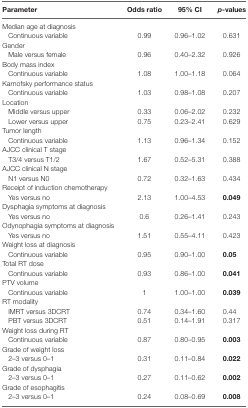
<table><thead><tr><td><b>Parameter</b></td><td><b>Odds ratio</b></td><td><b>95% CI</b></td><td><b><i>p</i>-values</b></td></tr></thead><tbody><tr><td>Median age at diagnosis</td><td></td><td></td><td></td></tr><tr><td> Continuous variable</td><td>0.99</td><td>0.96–1.02</td><td>0.631</td></tr><tr><td>Gender</td><td></td><td></td><td></td></tr><tr><td> Male versus female</td><td>0.96</td><td>0.40–2.32</td><td>0.926</td></tr><tr><td>Body mass index</td><td></td><td></td><td></td></tr><tr><td> Continuous variable</td><td>1.08</td><td>1.00–1.18</td><td>0.064</td></tr><tr><td>Karnofsky performance status</td><td></td><td></td><td></td></tr><tr><td> Continuous variable</td><td>1.03</td><td>0.98–1.08</td><td>0.207</td></tr><tr><td>Location</td><td></td><td></td><td></td></tr><tr><td> Middle versus upper</td><td>0.33</td><td>0.06–2.02</td><td>0.232</td></tr><tr><td> Lower versus upper</td><td>0.75</td><td>0.23–2.41</td><td>0.629</td></tr><tr><td>Tumor length</td><td></td><td></td><td></td></tr><tr><td> Continuous variable</td><td>1.13</td><td>0.96–1.34</td><td>0.152</td></tr><tr><td>AJCC clinical T stage</td><td></td><td></td><td></td></tr><tr><td> T3/4 versus T1/2</td><td>1.67</td><td>0.52–5.31</td><td>0.388</td></tr><tr><td>AJCC clinical N stage</td><td></td><td></td><td></td></tr><tr><td> N1 versus N0</td><td>0.72</td><td>0.32–1.63</td><td>0.434</td></tr><tr><td>Receipt of induction chemotherapy</td><td></td><td></td><td></td></tr><tr><td> Yes versus no</td><td>2.13</td><td>1.00–4.53</td><td><b>0.049</b></td></tr><tr><td>Dysphagia symptoms at diagnosis</td><td></td><td></td><td></td></tr><tr><td> Yes versus no</td><td>0.6</td><td>0.26–1.41</td><td>0.243</td></tr><tr><td>Odynophagia symptoms at diagnosis</td><td></td><td></td><td></td></tr><tr><td> Yes versus no</td><td>1.51</td><td>0.55–4.11</td><td>0.423</td></tr><tr><td>Weight loss at diagnosis</td><td></td><td></td><td></td></tr><tr><td> Continuous variable</td><td>0.95</td><td>0.90–1.00</td><td><b>0.05</b></td></tr><tr><td>Total RT dose</td><td></td><td></td><td></td></tr><tr><td> Continuous variable</td><td>0.93</td><td>0.86–1.00</td><td><b>0.041</b></td></tr><tr><td>PTV volume</td><td></td><td></td><td></td></tr><tr><td> Continuous variable</td><td>1</td><td>1.00–1.00</td><td><b>0.039</b></td></tr><tr><td>RT modality</td><td></td><td></td><td></td></tr><tr><td> IMRT versus 3DCRT</td><td>0.74</td><td>0.34–1.60</td><td>0.44</td></tr><tr><td> PBT versus 3DCRT</td><td>0.51</td><td>0.14–1.91</td><td>0.317</td></tr><tr><td>Weight loss during RT</td><td></td><td></td><td></td></tr><tr><td> Continuous variable</td><td>0.87</td><td>0.80–0.95</td><td><b>0.003</b></td></tr><tr><td>Grade of weight loss</td><td></td><td></td><td></td></tr><tr><td> 2–3 versus 0–1</td><td>0.31</td><td>0.11–0.84</td><td><b>0.022</b></td></tr><tr><td>Grade of dysphagia</td><td></td><td></td><td></td></tr><tr><td> 2–3 versus 0–1</td><td>0.27</td><td>0.11–0.62</td><td><b>0.002</b></td></tr><tr><td>Grade of esophagitis</td><td></td><td></td><td></td></tr><tr><td> 2–3 versus 0–1</td><td>0.24</td><td>0.08–0.69</td><td><b>0.008</b></td></tr></tbody></table>